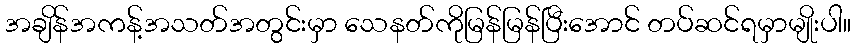
အချိန်အကန့်အသတ်အတွင်းမှာ သေနတ်ကိုမြန်မြန်ပြီးအောင် တပ်ဆင်ရမှာမျိုးပါ။